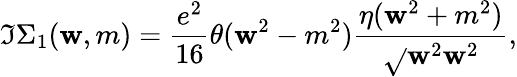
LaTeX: \Im\Sigma_{1}(\mathbf{w},m)=\frac{{e^{2}}}{{16}}\theta(\mathbf{w}^{2}-m^{2})\frac{{\eta(\mathbf{w}^{2}+m^{2})}}{{\sqrt{}{{\mathbf{w}^{2}}}\mathbf{w}^{2}}},